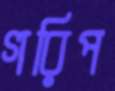
গরিপ